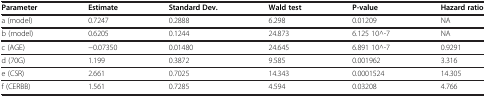
| Parameter | Estimate | Standard Dev. | Wald test | P-value | Hazard ratio |
 | --- | --- | --- | --- | --- | --- |
 | a (model) | 0.7247 | 0.2888 | 6.298 | 0.01209 | NA |
 | b (model) | 0.6205 | 0.1244 | 24.873 | 6.125 10^-7 | NA |
 | c (AGE) | −0.07350 | 0.01480 | 24.645 | 6.891 10^-7 | 0.9291 |
 | d (70G) | 1.199 | 0.3872 | 9.585 | 0.001962 | 3.316 |
 | e (CSR) | 2.661 | 0.7025 | 14.343 | 0.0001524 | 14.305 |
 | f (CERBB) | 1.561 | 0.7285 | 4.594 | 0.03208 | 4.766 |